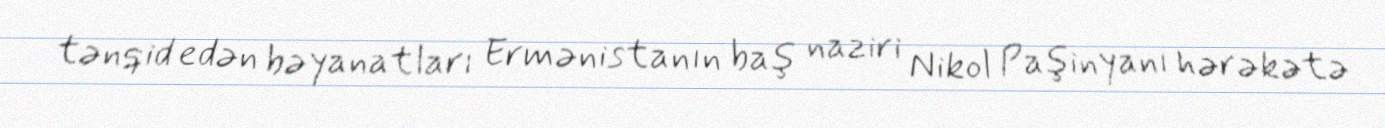
tənqid edən bəyanatları Ermənistanın baş naziri Nikol Paşinyanı hərəkətə